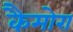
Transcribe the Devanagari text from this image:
कैमोरा